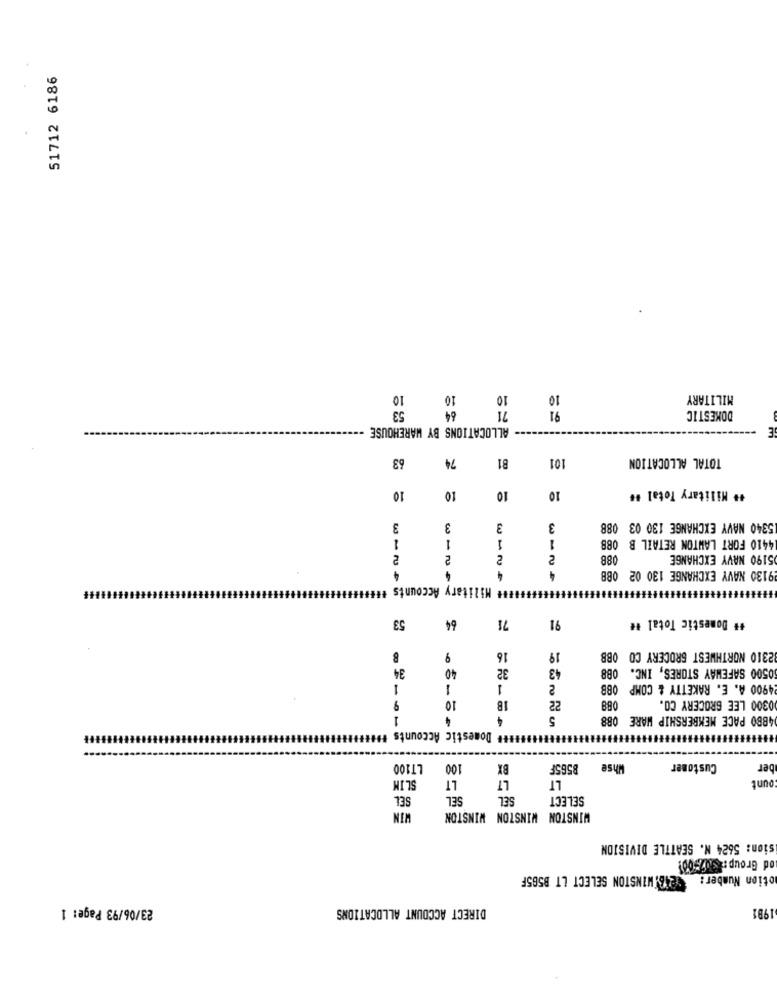
51712 6186
10
10
10
10
MILITARY
53
64
71
91
DOMESTIC
ALLOCATIONS BY WAREHOUSE
63
74
81
101
TOTAL ALLOCATION
#* Military Total #
10
10
10
10
3
3
3
3
5340 NAVY EXCHANGE 130 03 088
1
4410 FORT LAWTON RETAIL B 0BB
1
1
1
2
2
2
2
088
5190 NAVY EXCHANGE
4
4
4
9130 NAVY EXCHANGE 130 02 0BB
Punts
I### Military Ac
53
64
71
91
## Domestic Total #
B
9
16
19
2310 NORTHWEST GROCERY CO OBB
34
32
43
0500 SAFEWAY STORES, INC. 088
40
1
1
2
OBB
4900 A. E. RAKETTY & COMP
088
0300 LEE GROCERY CO.
10
18
22
1
4
5
4BBO PACE MEMBERSHIP WARE 088
Domestic Accounts H
LT100
100
BX
8565F
Whse
Customer
ber
LIM
LT
LT
LT
ount
SEL
SEL
SEL
SELECT
WIN
WINSTON WINSTON WINSTON
sion: 5624 N. SEATTLE DIVISION
od Group: $7,00!
216 WINSTON SELECT LT B585F
otion Number :
23/06/93 Page: 1
DIRECT ACCOUNT ALLOCATIONS
1981